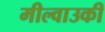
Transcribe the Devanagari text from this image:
मील्वाउकी